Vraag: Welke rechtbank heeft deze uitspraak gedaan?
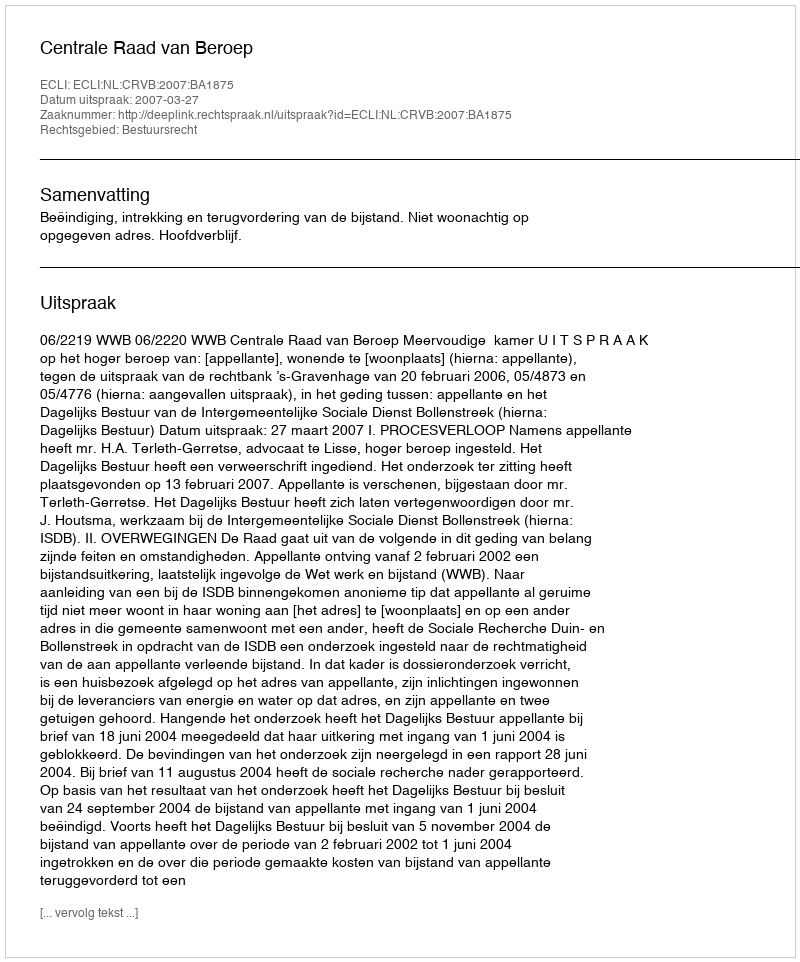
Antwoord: Centrale Raad van Beroep